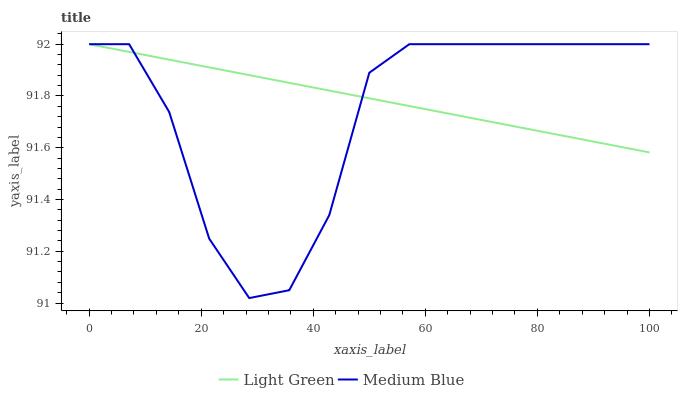
| xaxis_label | Light Green | Medium Blue |
 | --- | --- | --- |
 | 0 | 92 | 92 |
 | 7.14 | 92 | 92 |
 | 14.3 | 91.9 | 91.7 |
 | 21.4 | 91.9 | 91.2 |
 | 28.6 | 91.9 | 91 |
 | 35.7 | 91.9 | 91 |
 | 42.9 | 91.8 | 91.3 |
 | 50 | 91.8 | 91.9 |
 | 57.1 | 91.8 | 92 |
 | 64.3 | 91.7 | 92 |
 | 71.4 | 91.7 | 92 |
 | 78.6 | 91.7 | 92 |
 | 85.7 | 91.6 | 92 |
 | 92.9 | 91.6 | 92 |
 | 100 | 91.6 | 92 |